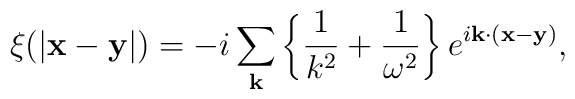
\xi(|{\bf x - y}|)= -i\sum_{\bf k}{\left\{\frac{1}{k^2} +\frac{1}{\omega^2}\right\}e^{i{\bf k \cdot (x-y)}}},